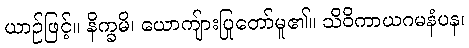
ယာဉ်ဖြင့်။ နိက္ခမိ၊ ယောကျ်ားပြုတော်မူ၏။ သိဝိကာယဂမနံပန၊